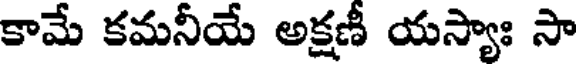
కామే కమనీయే అక్షణీ యస్యాః సా